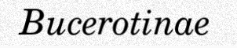
Bucerotinae